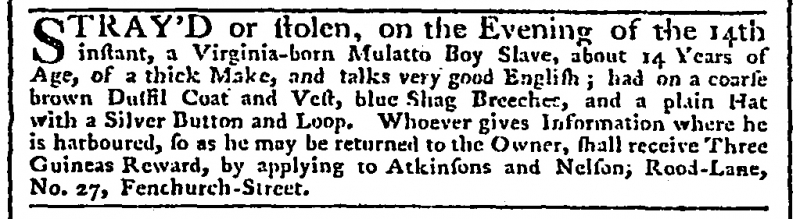
Daily Advertiser, 29 January 1772 (England)
STRAY’D or stolen, on the Evening of the 14th instant, a Virginia-born Mulatto Boy Slave, about 14 Years of Age, of a thick Make, and talks very good English; had on a coarse brown Duffil Coat and Vest, blue Shag Breeches, and a plain Hat with a Silver Button and Loop. Whoever gives Information where he is harboured, so as he may be returned to the Owner, shall receive Three Guineas Reward, by applying to Atkinsons and Nelson; Rood-Lane, No. 27, Fenchurch-Street.